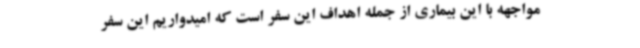
مواجهه با این بیماری از جمله اهداف این سفر است که امیدواریم این سفر